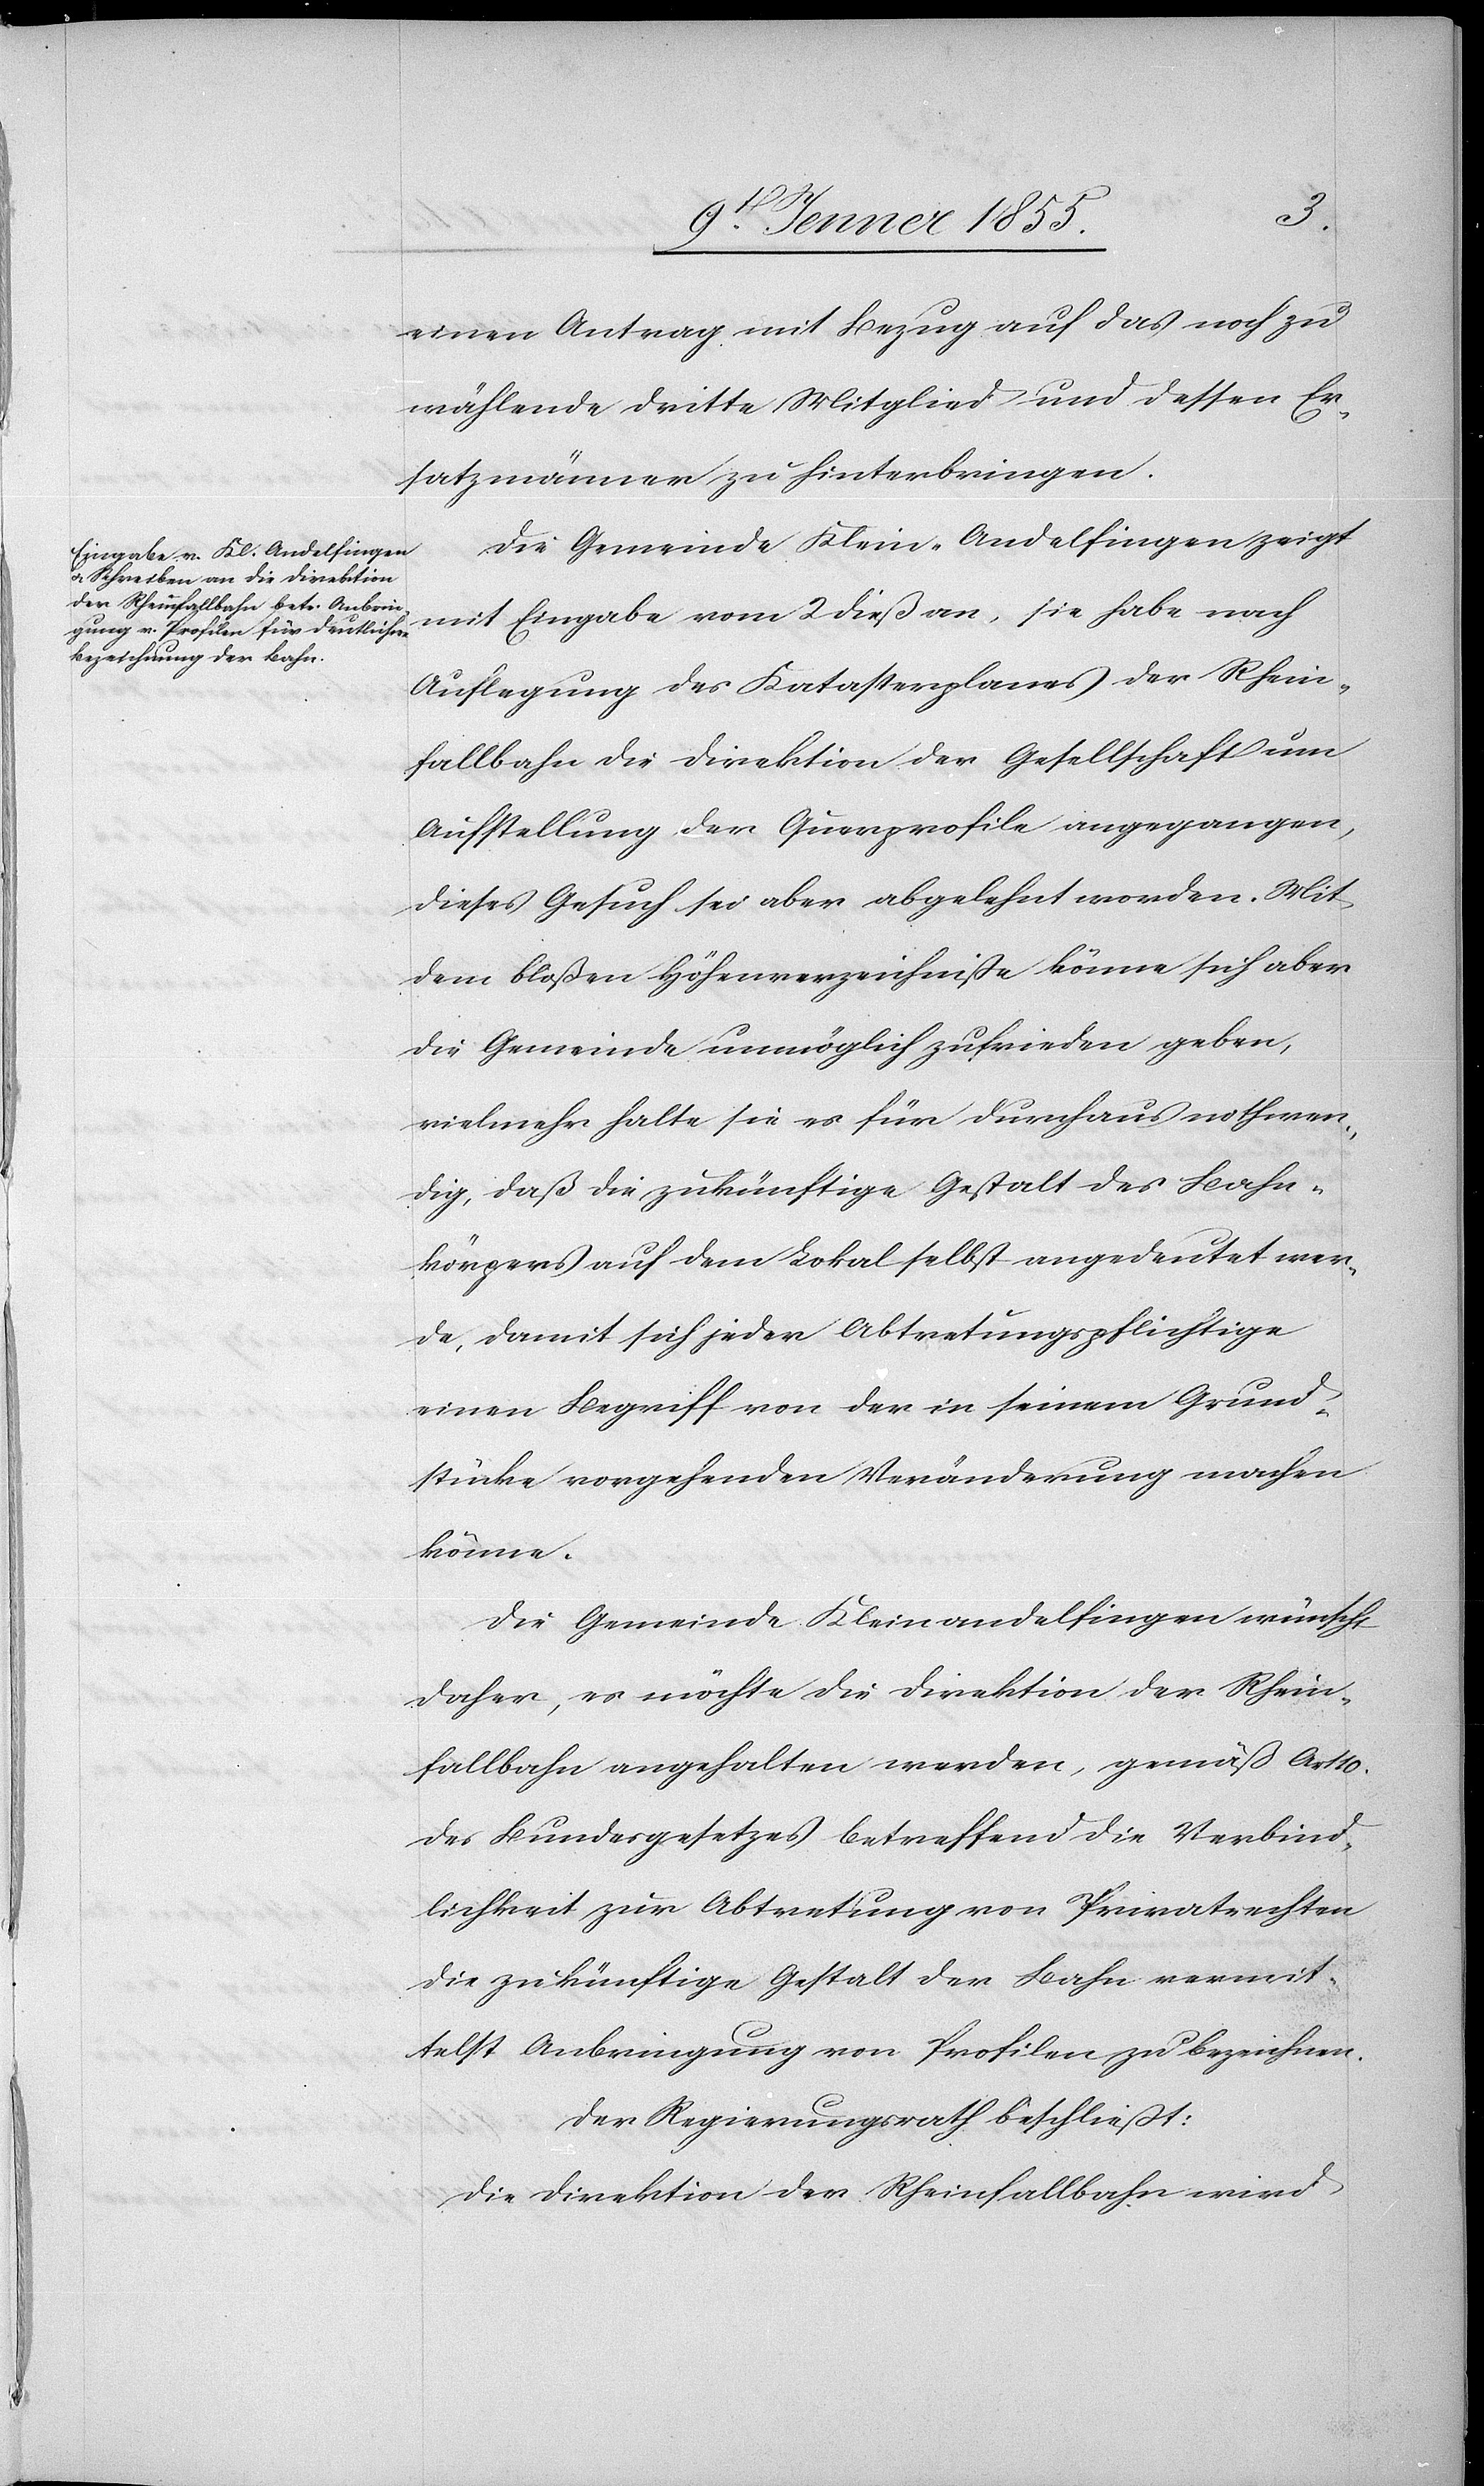
einen Antrag mit Bezug auf das noch zu
wählende dritte Mitglied und dessen Er¬
satzmänner zu hinterbringen.
Die Gemeinde Klein-Andelfingen zeigt
mit Eingabe vom 2 dieß an, sie habe nach
Auflegung des Katasterplanes der Rhein¬
fallbahn die Direktion der Gesellschaft um
Aufstellung der Querprofile angegangen,
dieses Gesuch sei aber abgelehnt worden. Mit
dem bloßen Höhenverzeichnisse könne sich aber
die Gemeinde unmöglich zufrieden geben,
vielmehr halte sie es für durchaus nothwen¬
dig, daß die zukünftige Gestalt des Bahn¬
körpers auf dem Lokal selbst angedeutet wer¬
de, damit sich jeder Abtretungspflichtige
einen Begriff von der in seinem Grund¬
stücke vorgehenden Veränderung machen
könne.
Die Gemeinde Kleinandelfingen wünscht
daher, es möchte die Direktion der Rhein¬
fallbahn angehalten werden, gemäß Art 10.
des Bundesgesetzes betreffend die Verbind¬
lichkeit zur Abtretung von Privatrechten
die zukünftige Gestalt der Bahn vermit¬
telst Anbringung von Profilen zu bezeichnen.
Der Regierungsrath beschliesst:
Die Direktion der Rheinfallbahn wird